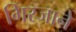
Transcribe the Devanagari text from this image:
गिरजाने